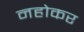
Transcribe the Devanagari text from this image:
नहोकर